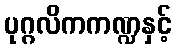
ပုဂ္ဂလိကကဏ္ဍနှင့်